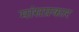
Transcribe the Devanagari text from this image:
मांसप्रकार